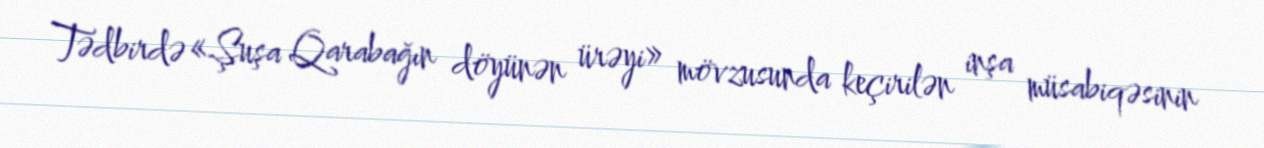
Tədbirdə «Şuşa Qarabağın döyünən ürəyi» mövzusunda keçirilən inşa müsabiqəsinin